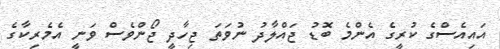
އައިއެސްގެ ކުރީގެ އެންމެ ބޮޑު ޖައްލާދު ނުވަތަ ޖިހާދީ ޖޯންވެސް ވަނީ އެމެރިކާގެ